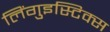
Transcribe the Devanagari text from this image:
लिंगुइस्टिक्स